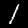
Label: 1